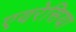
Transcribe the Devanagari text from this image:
एयरेसिया